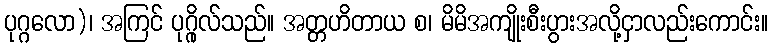
ပုဂ္ဂလော)၊ အကြင် ပုဂ္ဂိုလ်သည်။ အတ္တဟိတာယ စ၊ မိမိအကျိုးစီးပွားအလို့ငှာလည်းကောင်း။